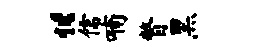
“儒喃瞥黑